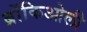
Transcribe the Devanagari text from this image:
ब्रोंकिओली